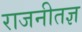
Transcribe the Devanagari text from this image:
राजनीतज्ञ